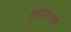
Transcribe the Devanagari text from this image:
भूमीसारखी